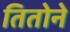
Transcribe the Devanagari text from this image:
तितोने